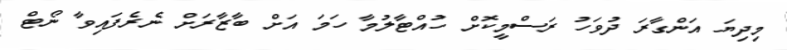
މިދިޔަ އަންގާރަ ދުވަހު ރަސްމީކޮށް ހުއްޓާލުމާ ހަމަ އަށް ބާޒާރަށް ނެރެފައިވާ ނޯޓް